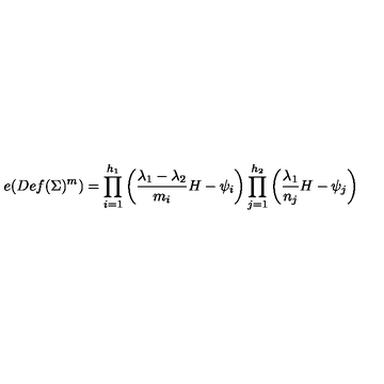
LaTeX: e ( D e f ( \Sigma ) ^ { m } ) = \prod _ { i = 1 } ^ { h _ { 1 } } \left( { \frac { \lambda _ { 1 } - \lambda _ { 2 } } { m _ { i } } } H - \psi _ { i } \right) \prod _ { j = 1 } ^ { h _ { 2 } } \left( { \frac { \lambda _ { 1 } } { n _ { j } } } H - \psi _ { j } \right)